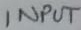
Text: INPUT